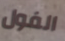
الفول